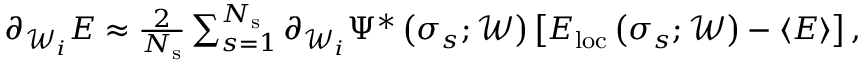
\begin{array} { r } { \partial _ { \mathcal { W } _ { i } } E \approx \frac { 2 } { N _ { \mathrm { s } } } \sum _ { s = 1 } ^ { N _ { \mathrm { s } } } \partial _ { \mathcal { W } _ { i } } \Psi ^ { * } \left( \boldsymbol { \sigma } _ { s } ; \mathcal { W } \right) \left[ E _ { \mathrm { l o c } } \left( \boldsymbol { \sigma } _ { s } ; \mathcal { W } \right) - \langle E \rangle \right] , } \end{array}